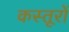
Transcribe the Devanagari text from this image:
कस्तूरों